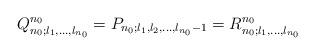
LaTeX: \begin{align*}Q^{n_0}_{n_0;l_1,\ldots,l_{n_0}}=P_{n_0;l_1,l_2,\ldots,l_{n_0}-1}=R^{n_0}_{n_0;l_1,\ldots,l_{n_0}}\end{align*}